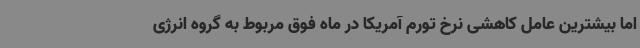
اما بیشترین عامل کاهشی نرخ تورم آمریکا در ماه فوق مربوط به گروه انرژی